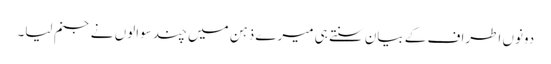
دونوں اطراف کے بیان سنتے ہی میرے ذہن میں چند سوالوں نے جنم لیا۔